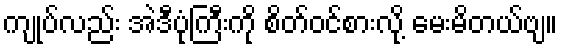
ကျုပ်လည်း အဲဒီပုံကြီးကို စိတ်ဝင်စားလို့ မေးမိတယ်ဗျ။